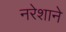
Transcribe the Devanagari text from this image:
नरेशाने